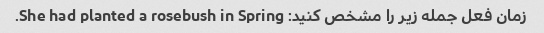
زمان فعل جمله زیر را مشخص کنید: She had planted a rosebush in Spring.